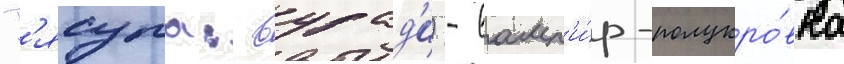
Г'ясупа: вурад'и) - вамп'и́р-полукро́вка